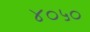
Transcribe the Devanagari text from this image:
४०५०